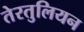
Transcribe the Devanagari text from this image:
तेरतुलियन